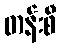
တန်းစီ